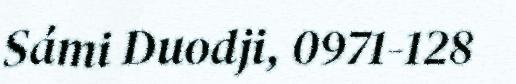
Sámi Duodji, 0971-128